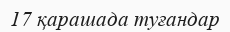
17 қарашада туғандар